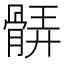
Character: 𩩖